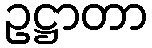
ဥဋ္ဌာတာ